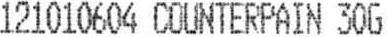
121010604 COUNTERPAIN 30G